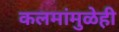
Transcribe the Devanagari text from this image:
कलमांमुळेही